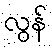
လွန်